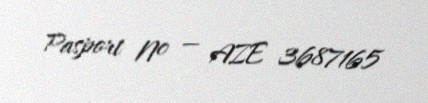
Pasport № — AZE 3687165